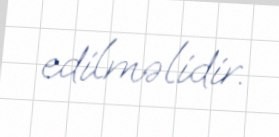
edilməlidir.